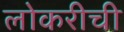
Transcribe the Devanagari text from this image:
लोकरीची